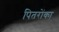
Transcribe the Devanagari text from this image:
पितरोंका